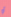
أو